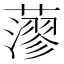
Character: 𦾷